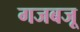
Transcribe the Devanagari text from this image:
गजबजू